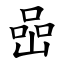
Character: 喦